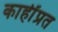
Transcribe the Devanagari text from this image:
काहींप्रत